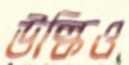
উল্কিও